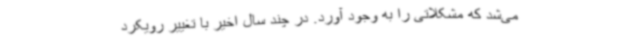
می‌شد که مشکلاتی را به وجود آورد. در چند سال اخیر با تغییر رویکرد